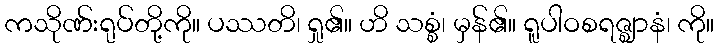
ကသိုဏ်းရုပ်တို့ကို။ ပဿတိ၊ ရှု၏။ ဟိ သစ္စံ၊ မှန်၏။ ရူပါဝစရဇ္ဈာနံ၊ ကို။